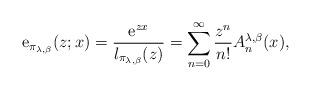
LaTeX: \begin{align*}\mathrm{e}_{\pi_{\lambda,\beta}}(z;x)=\frac{\mathrm{e}^{zx}}{l_{\pi_{\lambda,\beta}}(z)}=\sum_{n=0}^{\infty}\frac{z^{n}}{n!}A_{n}^{\lambda,\beta}(x),\end{align*}